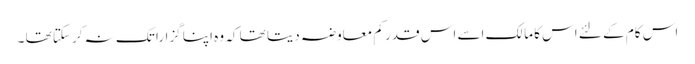
اس کام کے لئے اس کا مالک اسے اس قدر کم معاوضہ دیتا تھا کہ وہ اپنا گزارا تک نہ کرسکتا تھا ۔